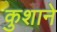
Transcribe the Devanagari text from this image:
कुशाने